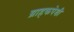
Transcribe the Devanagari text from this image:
ग्राहकपेशी